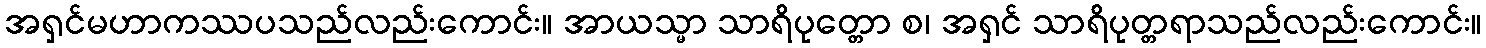
အရှင်မဟာကဿပသည်လည်းကောင်း။ အာယသ္မာ သာရိပုတ္တော စ၊ အရှင် သာရိပုတ္တရာသည်လည်းကောင်း။